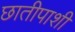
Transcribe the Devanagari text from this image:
छातीपाशी